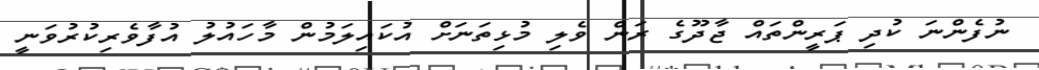
ނުފެންނަ ކުދި ޕަރީންތައް ޖާދޫގެ ރަން ވެލި މުޅިތަނަށް އުކައިލަމުން މާހައުލު އުފާވެރިކުރުވަނީ